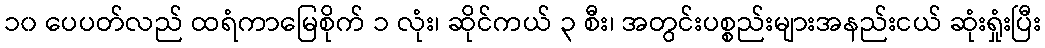
၁၀ ပေပတ်လည် ထရံကာမြေစိုက် ၁ လုံး၊ ဆိုင်ကယ် ၃ စီး၊ အတွင်းပစ္စည်းများအနည်းငယ် ဆုံးရှုံးပြီး